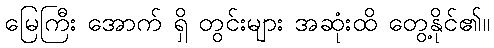
မြေကြီး အောက် ရှိ တွင်းများ အဆုံးထိ တွေ့နိုင်၏။